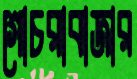
গোচরাবাজার